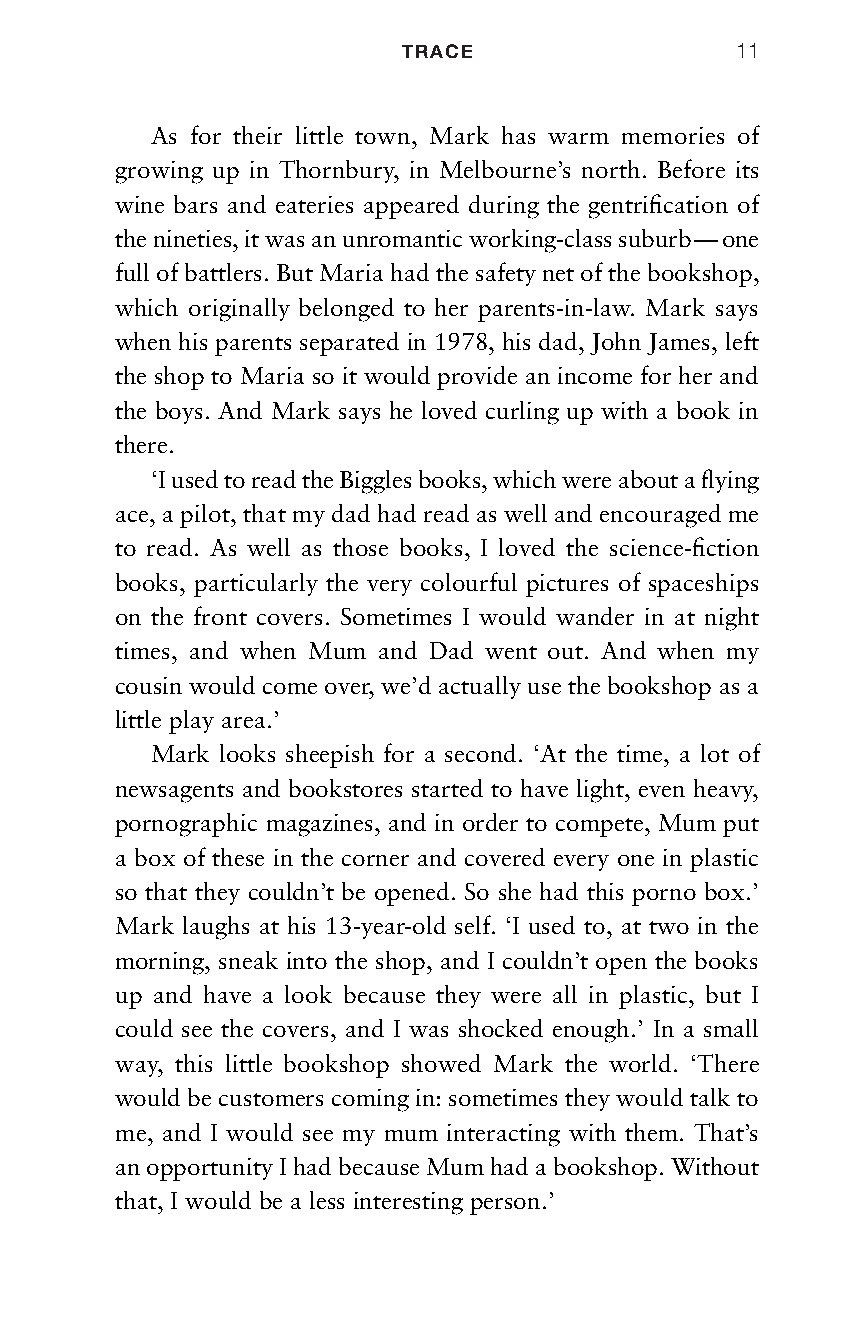
TRACE                 11
 As for their little town, Mark has warm memories of
 growing up in Thornbury, in Melbourne’s north. Before its
 wine bars and eateries appeared during the gentrification of
 the nineties, it was an unromantic working-class suburb — one
 full of battlers. But Maria had the safety net of the bookshop,
 which originally belonged to her parents-in-law. Mark says
 when his parents separated in 1978, his dad, John James, left
 the shop to Maria so it would provide an income for her and
 the boys. And Mark says he loved curling up with a book in
 there.
 ‘I used to read the Biggles books, which were about a flying
 ace, a pilot, that my dad had read as well and encouraged me
 to read. As well as those books, I loved the science-fiction
 books, particularly the very colourful pictures of spaceships
 on the front covers. Sometimes I would wander in at night
 times, and when Mum and Dad went out. And when my
 cousin would come over, we’d actually use the bookshop as a
 little play area.’
 Mark looks sheepish for a second. ‘At the time, a lot of
 newsagents and bookstores started to have light, even heavy,
 pornographic magazines, and in order to compete, Mum put
 a box of these in the corner and covered every one in plastic
 so that they couldn’t be opened. So she had this porno box.’
 Mark laughs at his 13-year-old self. ‘I used to, at two in the
 morning, sneak into the shop, and I couldn’t open the books
 up and have a look because they were all in plastic, but I
 could see the covers, and I was shocked enough.’ In a small
 way, this little bookshop showed Mark the world. ‘There
 would be customers coming in: sometimes they would talk to
 me, and I would see my mum interacting with them. That’s
 an opportunity I had because Mum had a bookshop. Without
 that, I would be a less interesting person.’
 Trace_pages_MP07.indd 11                            30/5/18 14:28